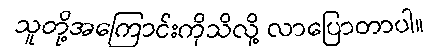
သူတို့အကြောင်းကိုသိလို့ လာပြောတာပါ။